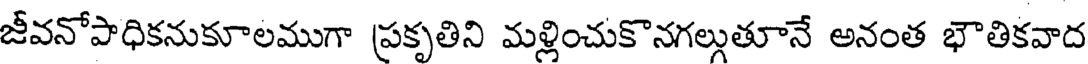
జీవనోపాధికనుకూలముగా ప్రకృతిని మళ్లించుకొనగల్లుతూనే అనంత భౌతికవాద